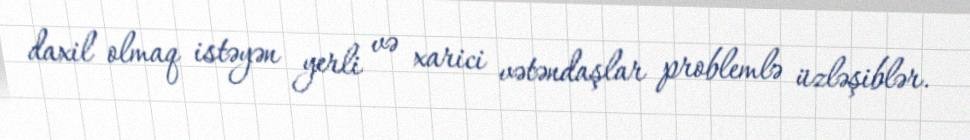
daxil olmaq istəyən yerli və xarici vətəndaşlar problemlə üzləşiblər.